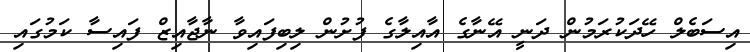
އިސަބެލް ހޭދަކުރަމުން ދަނީ އޭނާގެ އާއިލާގެ ފުށުން ލިބިފައިވާ ނާޖާއިޒް ފައިސާ ކަމުގައި